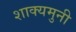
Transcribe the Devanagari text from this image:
शाक्यमुनी